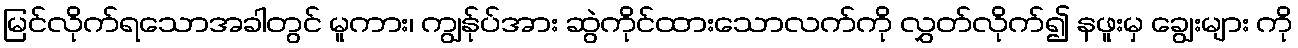
မြင်လိုက်ရသောအခါတွင် မူကား၊ ကျွန်ုပ်အား ဆွဲကိုင်ထားသောလက်ကို လွှတ်လိုက်၍ နဖူးမှ ချွေးများ ကို